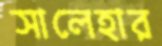
সালেহার